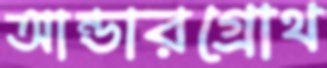
আন্ডারগ্রোথ